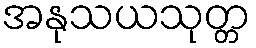
အနုသယသုတ္တ